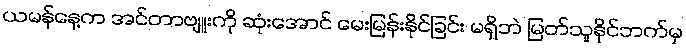
ယမန်နေ့က အင်တာဗျူးကို ဆုံးအောင် မေးမြန်းနိုင်ခြင်း မရှိဘဲ မြတ်သူနိုင်ဘက်မှ